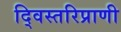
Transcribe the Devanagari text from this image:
द्विस्तरिप्राणी